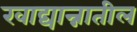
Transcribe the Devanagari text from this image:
खाद्यान्नातील